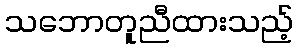
သဘောတူညီထားသည့်